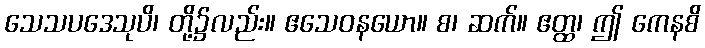
သေသပဒေသုပိ၊ တို့၌လည်း။ ဧသေဝနယော။ စ၊ ဆက်။ ဧတ္ထ၊ ဤ ကေနစိ